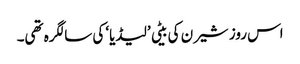
اس روز شیرن کی بیٹی ’لیڈیا‘ کی سالگرہ تھی۔